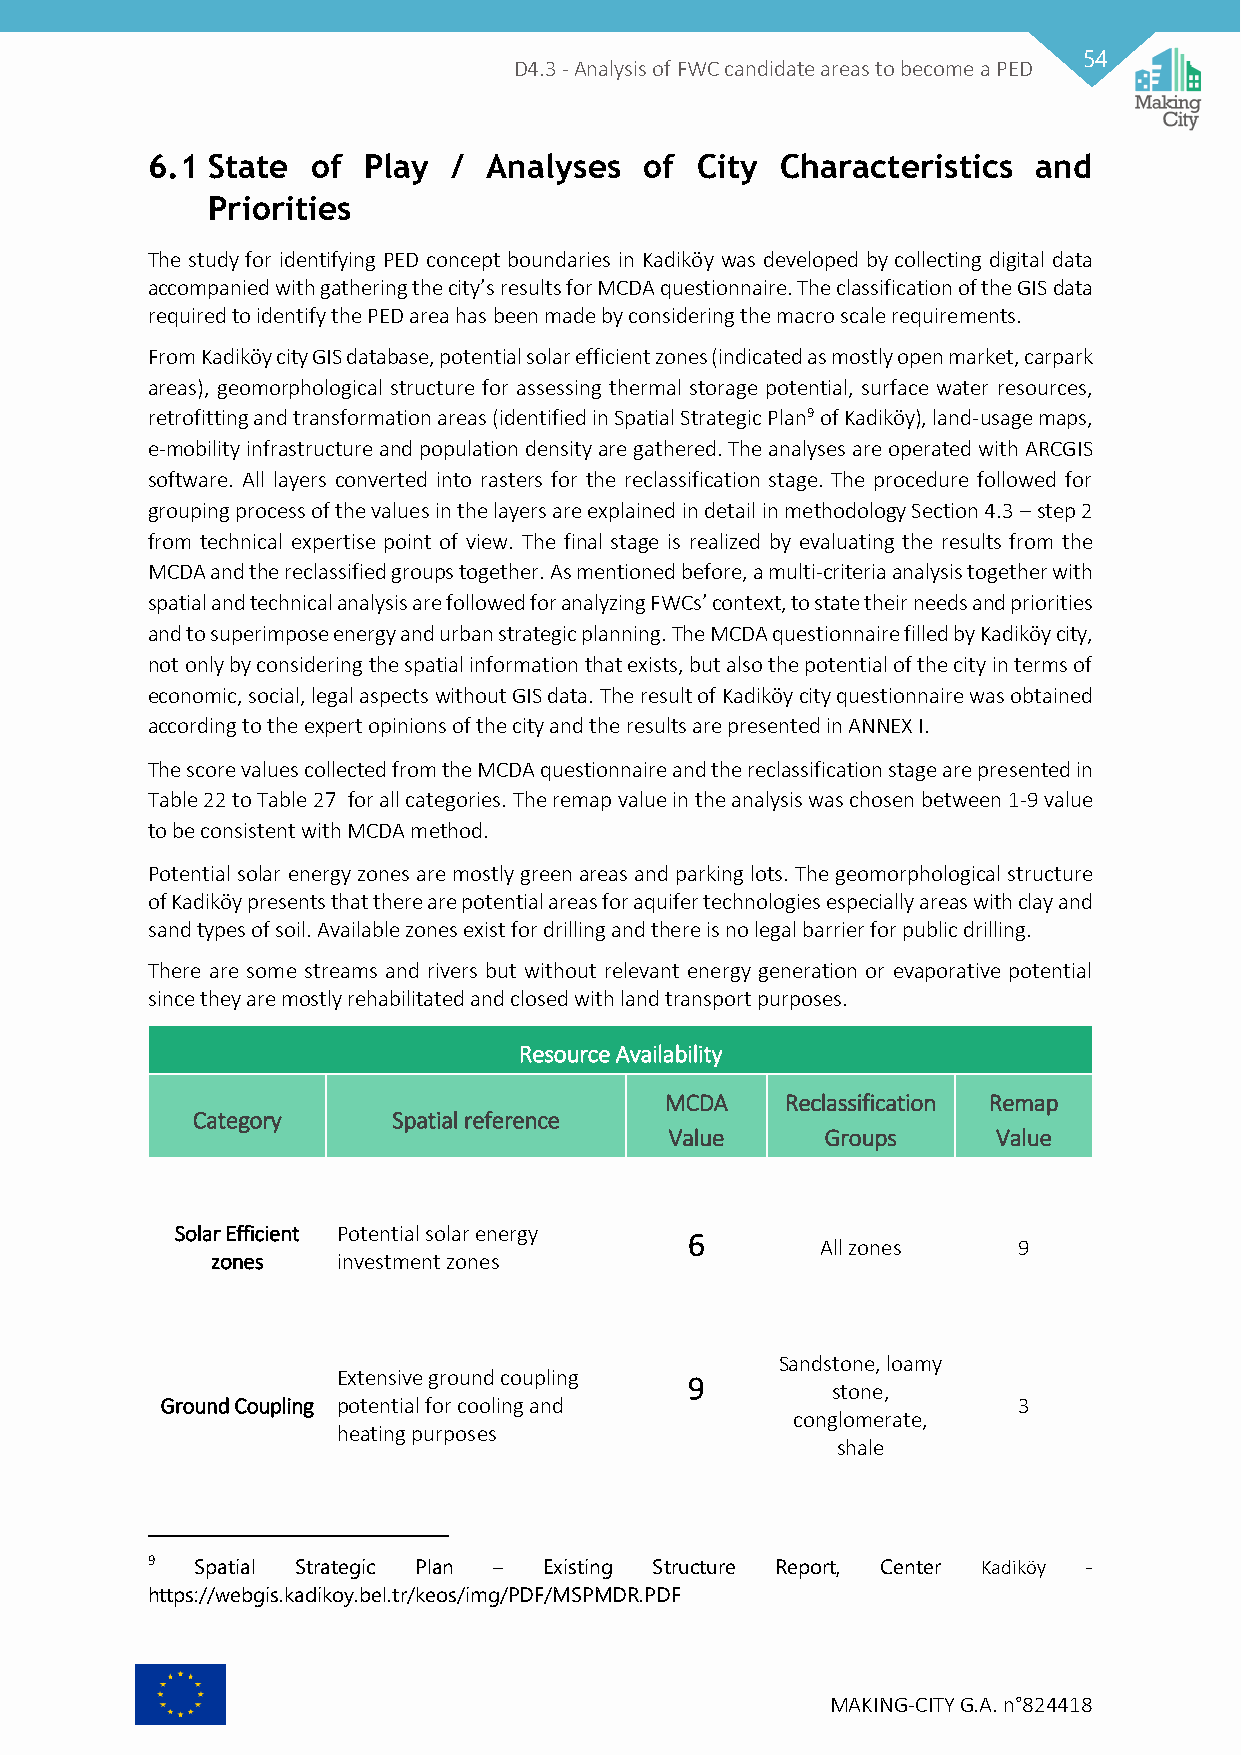
54
 D4.3 - Analysis of FWC candidate areas to become a PED
 6.1 State  of Play  / Analyses   of City  Characteristics  and
 Priorities
 The study for identifying PED concept boundaries in Kadiköy was developed by collecting digital data
 accompanied with gathering the city’s results for MCDA questionnaire. The classification of the GIS data
 required to identify the PED area has been made by considering the macro scale requirements.
 From Kadiköy city GIS database, potential solar efficient zones (indicated as mostly open market, carpark
 areas), geomorphological structure for assessing thermal storage potential, surface water resources,
 retrofitting and transformation areas (identified in Spatial Strategic Plan9 of Kadiköy), land-usage maps,
 e-mobility infrastructure and population density are gathered. The analyses are operated with ARCGIS
 software. All layers converted into rasters for the reclassification stage. The procedure followed for
 grouping process of the values in the layers are explained in detail in methodology Section 4.3 – step 2
 from technical expertise point of view. The final stage is realized by evaluating the results from the
 MCDA and the reclassified groups together. As mentioned before, a multi-criteria analysis together with
 spatial and technical analysis are followed for analyzing FWCs’ context, to state their needs and priorities
 and to superimpose energy and urban strategic planning. The MCDA questionnaire filled by Kadiköy city,
 not only by considering the spatial information that exists, but also the potential of the city in terms of
 economic, social, legal aspects without GIS data. The result of Kadiköy city questionnaire was obtained
 according to the expert opinions of the city and the results are presented in ANNEX I.
 The score values collected from the MCDA questionnaire and the reclassification stage are presented in
 Table 22 to Table 27 for all categories. The remap value in the analysis was chosen between 1-9 value
 to be consistent with MCDA method.
 Potential solar energy zones are mostly green areas and parking lots. The geomorphological structure
 of Kadiköy presents that there are potential areas for aquifer technologies especially areas with clay and
 sand types of soil. Available zones exist for drilling and there is no legal barrier for public drilling.
 There are some streams and rivers but without relevant energy generation or evaporative potential
 since they are mostly rehabilitated and closed with land transport purposes.
 Resource Availability
 MCDA    Reclassification Remap
 Category     Spatial reference
 Value      Groups     Value
 Solar Efficient Potential solar energy
 6
 All zones    9
 zones   investment zones
 Sandstone, loamy
 Extensive ground coupling
 9
 stone,
 Ground Coupling potential for cooling and               3
 conglomerate,
 heating purposes
 shale
 9  Spatial Strategic Plan – Existing Structure Report, Center Kadiköy -
 https://webgis.kadikoy.bel.tr/keos/img/PDF/MSPMDR.PDF
 MAKING-CITY G.A. n°824418